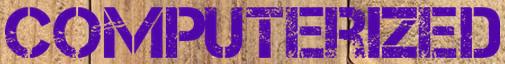
COMPUTERIZED